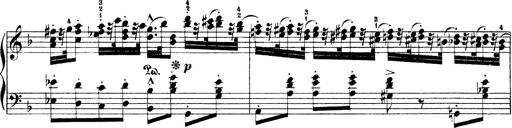
Title: Illustrations de l'opÃ©ra L'Africaine
Composer: Franz Liszt